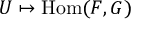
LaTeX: U \mapsto \operatorname { H o m } ( F , G )